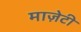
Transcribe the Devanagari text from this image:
माज़ेटी